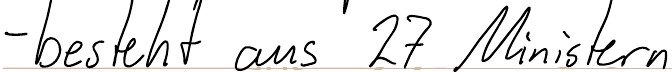
- besteht aus 27 Ministern